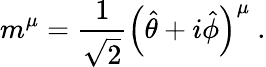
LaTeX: m^{\mu}={\frac{1}{\sqrt{2}}}\left({\hat{\theta}}+i{\hat{\phi}}\right)^{\mu}\ .